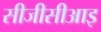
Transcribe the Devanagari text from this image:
सीजीसीआइ